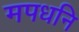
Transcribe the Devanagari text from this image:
मपधनि